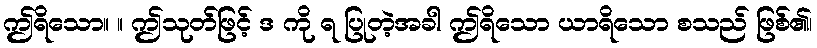
ဤရိသော။ ။ ဤသုတ်ဖြင့် ဒ ကို ရ ပြုတဲ့အခါ ဤရိသော ယာရိသော စသည် ဖြစ်၏၊